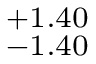
_ { - 1 . 4 0 } ^ { + 1 . 4 0 }